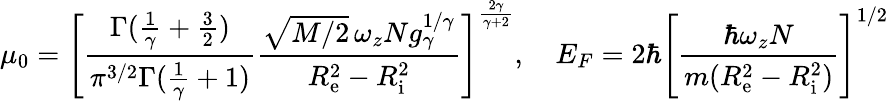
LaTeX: \mu_{0}=\left[\frac{\Gamma(\frac{1}{\gamma}+\frac{3}{2})}{\pi^{3/2}\Gamma(\frac{1}{\gamma}+1)}\frac{\sqrt{M/2}\, \omega_{z}Ng_{\gamma}^{1/\gamma}}{R_{\mathrm{e}}^{2}-R_{\mathrm{i}}^{2}}\right]^{\frac{2\gamma}{\gamma+2}},\quad E_{F}=2\hbar\left[\frac{\hbar\omega_{z}N}{m(R_{\mathrm{e}}^{2}-R_{\mathrm{i}}^{2})}\right]^{1/2}